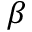
\beta